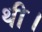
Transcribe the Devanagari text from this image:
थी।